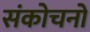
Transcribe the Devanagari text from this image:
संकोचनों